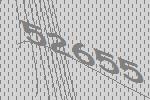
52655